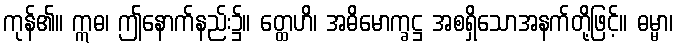
ကုန်၏။ ဣဓ၊ ဤနောက်နည်း၌။ တ္ထေဟိ၊ အဓိမောက္ခဋ္ဌ အစရှိသောအနက်တို့ဖြင့်။ ဓမ္မာ၊